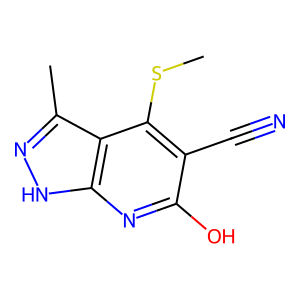
SMILES: CSc1c(C#N)c(O)nc2[nH]nc(C)c12
Inhibits HIV replication: No